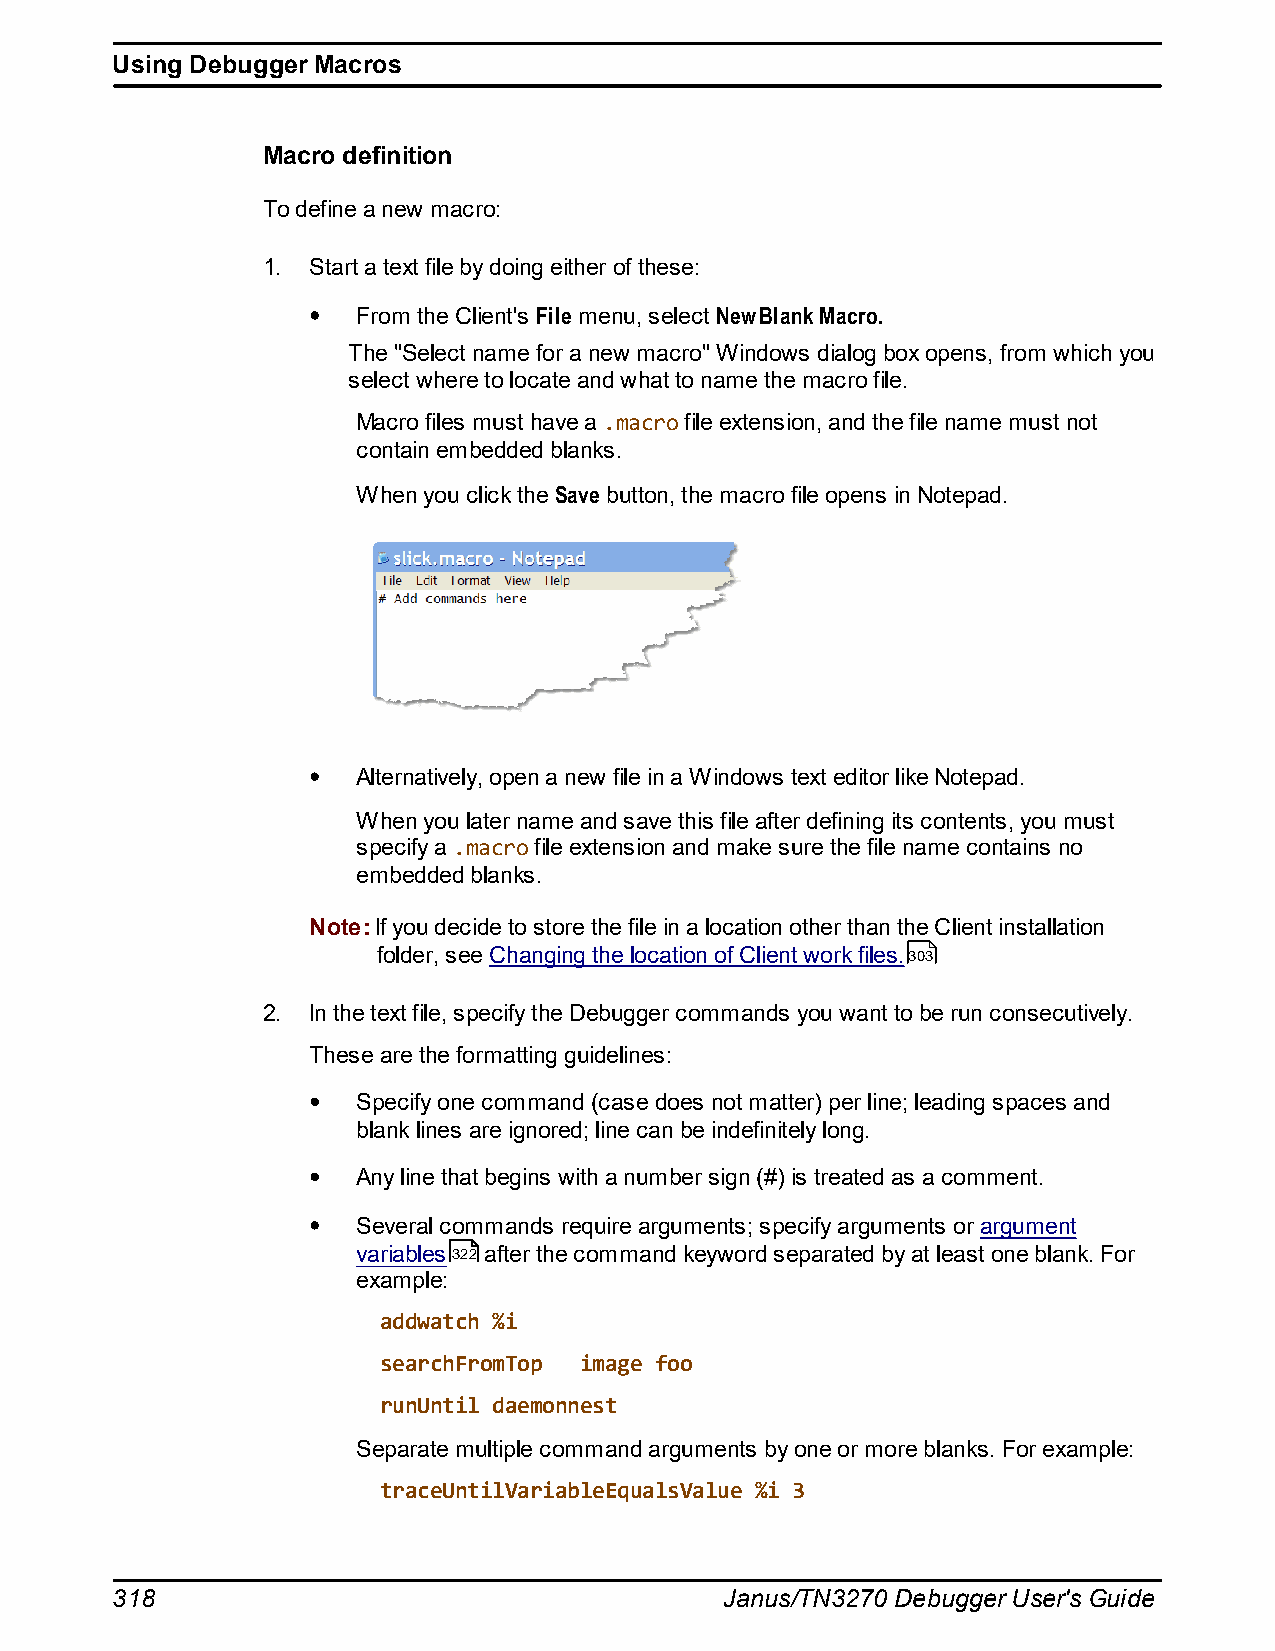
Using Debugger Macros
 Macro definition
 To define a new macro:
 1. Start a text file by doing either of these:
 From the Client's File menu, select New Blank Macro.
 The "Select name for a new macro" Windows dialog box opens, from which you
 select where to locate and what to name the macro file.
 Macro files must have a .macro file extension, and the file name must not
 contain embedded blanks.
 When you click the Save button, the macro file opens in Notepad.
 Alternatively, open a new file in a Windows text editor like Notepad.
 When you later name and save this file after defining its contents, you must
 specify a .macro file extension and make sure the file name contains no
 embedded blanks.
 Note: If you decide to store the file in a location other than the Client installation
 folder, see Changing the location of Client work files.303
 2. In the text file, specify the Debugger commands you want to be run consecutively.
 These are the formatting guidelines:
 Specify one command (case does not matter) per line; leading spaces and
 blank lines are ignored; line can be indefinitely long.
 Any line that begins with a number sign (#) is treated as a comment.
 Several commands require arguments; specify arguments or argument
 variables322 after the command keyword separated by at least one blank. For
 example:
 addwatch %i
 searchFromTop image foo
 runUntil daemonnest
 Separate multiple command arguments by one or more blanks. For example:
 traceUntilVariableEqualsValue %i 3
 318                                      Janus/TN3270 Debugger User's Guide